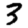
Digit: 3